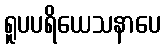
ရူပပရိယေသနာပေ